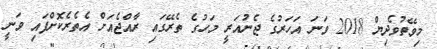
މިވޭތުވެދިޔް 2018 ވަނަ އަހަރުގެ ޖެނުއަރީ މަހުގެ ތެރޭގައި ރާއްޖެއަށް އެތެރެކޮށްފައި ވަނީ